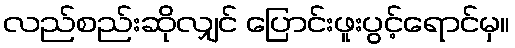
လည်စည်းဆိုလျှင် ပြောင်းဖူးပွင့်ရောင်မှ။